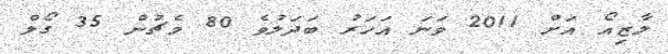
ލާޒިއޯ އަށް 2011 ވަނަ އަހަރު ބަދަލުވެ 80 މެޗުން 35 ގޯލް